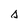
Character: s